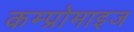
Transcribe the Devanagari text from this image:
कम्प्रोमाइज